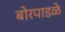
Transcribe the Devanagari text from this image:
बोरपाडळे